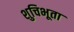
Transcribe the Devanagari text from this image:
शुचिभूता